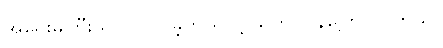
အရေးမကြီးသလို လုပ်ခဲ့တယ်လို့ သူက ပြန်ပြောပြပါတယ်။